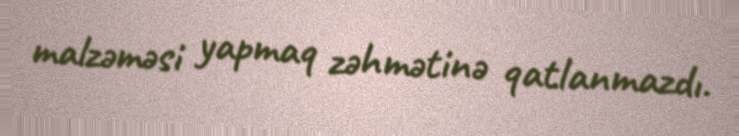
malzəməsi yapmaq zəhmətinə qatlanmazdı.